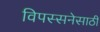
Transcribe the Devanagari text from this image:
विपस्सनेसाठी